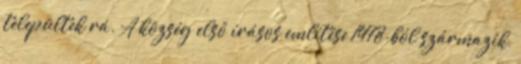
települtek rá. A község első írásos említése 1478-ból származik,